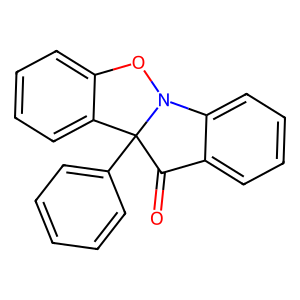
SMILES: O=C1c2ccccc2N2Oc3ccccc3C12c1ccccc1
Inhibits HIV replication: No